Punjab Mental Hospital Lahore 1932-46 - 1932-1946
Year: 1932
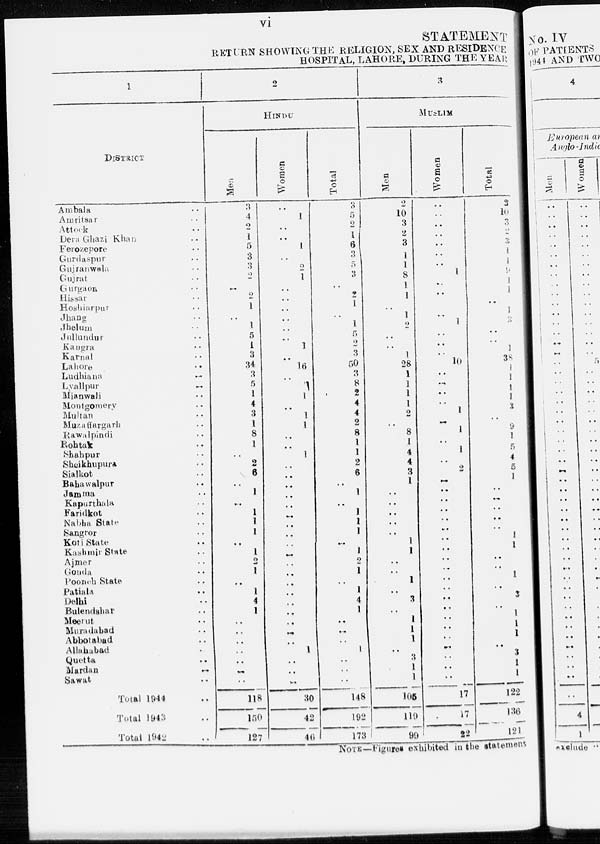
vi
STATEMENT
RETURN SHOWING THE RELIGION, SEX AND RESIDENCE
HOSPITAL, LAHORE, DURING THE YEAR
1
DISTRICT
Ambala ..
Amritsar ..
Attock ..
Dera Ghazi Khan ..
Ferozepore ..
Gurdaspur ..
Gujranwala ..
Gujrat ..
Gurgaon ..
Hissar ..
Hoshiarpur ..
Jhang ..
Jhelum ..
Jullundur ..
Kangra ..
Karnal ..
Lahore ..
Ludhiana ..
Lyallpur ..
Mianwali ..
Montgomery ..
Multan ..
Muzaffargarh ..
Rawalpindi ..
Rohtak ..
Shahpur ..
Sheikhupura ..
Sialkot ..
Bahawalpur ..
Jamma ..
Kapurthala ..
Faridkot ..
Nabha State ..
Sangror ..
Koti State ..
Kashmir State ..
Ajmer ..
Gonda ..
Poonch State ..
Patiala ..
Delhi ..
Bulendshar ..
Meerut ..
Muradabad ..
Abbotabad ..
Allahabad ..
Quetta ..
Mardan ..
Sawat ..
Total 1944 ..
Total 1943 ..
Total 1942 ..
2
HINDU
Men
3
4
2
1
5
3
3
2
..
2
1
..
1
5
1
3
34
3
5
1
4
3
1
8
1
..
2
6
..
1
..
1
1
1
..
1
2
1
..
1
4
1
..
..
..
..
..
..
..
118
150
127
Women
..
1
..
..
1
..
2
1
..
..
..
..
..
..
1
..
16
..
1
1
..
1
1
..
..
1
..
..
..
..
..
..
..
..
..
..
..
..
..
..
..
..
..
..
..
1
..
..
..
30
42
46
Total
3
5
2
1
6
3
5
3
..
2
1
..
1
5
2
3
50
3
8
2
4
4
2
8
1
1
2
6
..
1
1
1
1
1
..
1
2
1
..
1
4
1
..
..
..
1
..
..
..
148
192
173
3
MUSLIM
Men
2
10
3
2
3
1
1
8
1
1
..
1
2
..
..
1
28
1
1
1
1
2
..
8
1
4
4
3
1
..
..
..
..
..
1
1
..
..
1
..
3
..
1
1
1
..
3
1
1
105
119
99
Women
..
..
..
..
..
..
..
1
..
..
..
..
1
..
..
..
10
..
..
..
..
1
..
1
..
1
..
2
..
..
..
..
..
..
..
..
..
..
..
..
..
..
..
..
..
..
..
..
..
17
17
22
Total
2
10
3
2
3
1
1
5
1
1
..
1
3
..
..
1
38
1
1
1
1
1
..
9
1
5
4
5
1
..
..
..
..
..
1
1
..
..
1
..
3
..
1
1
1
..
3
1
1
122
136
121
NOTE—Figures exhibited in the statement